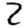
Digit: 2